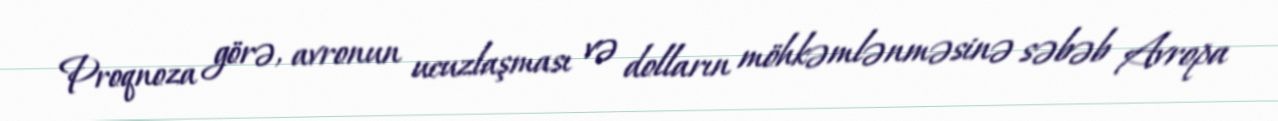
Proqnoza görə, avronun ucuzlaşması və dolların möhkəmlənməsinə səbəb Avropa